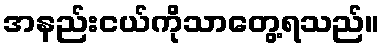
အနည်းငယ်ကိုသာတွေ့ရသည်။